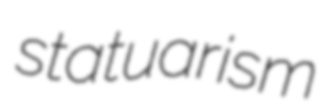
statuarism